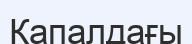
Қапалдағы